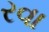
રવા